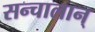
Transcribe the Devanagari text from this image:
सन्चालान्